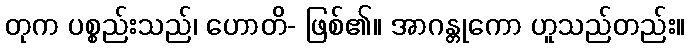
တုက ပစ္စည်းသည်၊ ဟောတိ- ဖြစ်၏။ အာဂန္တုကော ဟူသည်တည်း။